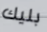
بليك